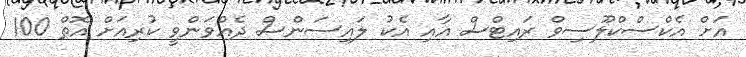
އަށް އެކްސްކްލޫސިވް ރައިޓްސް އާއި އެކު ލައިސަންސް ދެއްވަންވީ ކުރިއަށް އޮތް 100